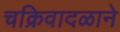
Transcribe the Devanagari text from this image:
चक्रिवादळाने